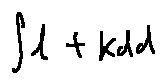
\int l + k d d